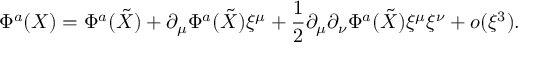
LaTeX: \Phi ^ { a } ( X ) = \Phi ^ { a } ( \tilde { X } ) + \partial _ { \mu } \Phi ^ { a } ( \tilde { X } ) \xi ^ { \mu } + \frac { 1 } { 2 } \partial _ { \mu } \partial _ { \nu } \Phi ^ { a } ( \tilde { X } ) \xi ^ { \mu } \xi ^ { \nu } + o ( \xi ^ { 3 } ) .